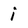
Character: i